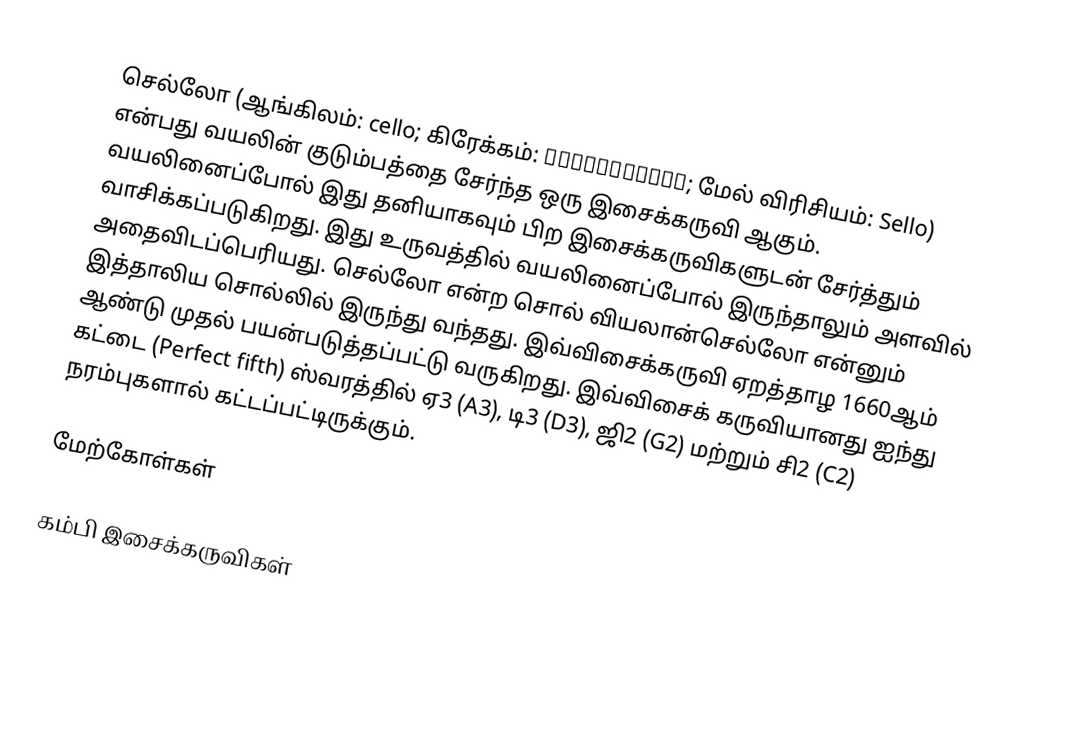
செல்லோ (ஆங்கிலம்: cello; கிரேக்கம்: βιολοντσέλο; மேல் விரிசியம்: Sello) என்பது வயலின் குடும்பத்தை சேர்ந்த ஒரு இசைக்கருவி ஆகும். வயலினைப்போல் இது தனியாகவும் பிற இசைக்கருவிகளுடன் சேர்த்தும் வாசிக்கப்படுகிறது. இது உருவத்தில் வயலினைப்போல் இருந்தாலும் அளவில் அதைவிடப்பெரியது. செல்லோ என்ற சொல் வியலான்செல்லோ என்னும் இத்தாலிய சொல்லில் இருந்து வந்தது. இவ்விசைக்கருவி ஏறத்தாழ 1660ஆம் ஆண்டு முதல் பயன்படுத்தப்பட்டு வருகிறது. இவ்விசைக் கருவியானது ஐந்து கட்டை (Perfect fifth) ஸ்வரத்தில் ஏ3 (A3), டி3 (D3), ஜி2 (G2) மற்றும் சி2 (C2) நரம்புகளால் கட்டப்பட்டிருக்கும்.

மேற்கோள்கள்

கம்பி இசைக்கருவிகள்